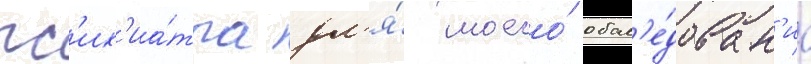
пс'их'иа́тра дл'я́ моего́ обсл'е́дован'иа